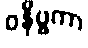
ဝနိဗ္ဗကာ